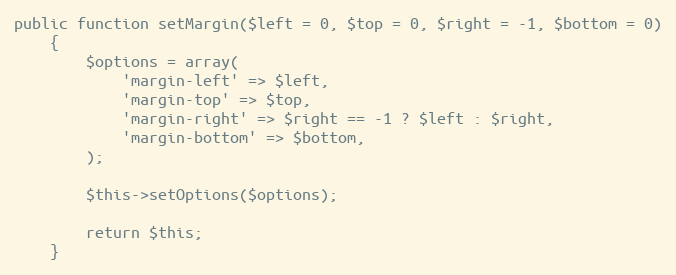
Language: PHP
public function setMargin($left = 0, $top = 0, $right = -1, $bottom = 0)
    {
        $options = array(
            'margin-left' => $left,
            'margin-top' => $top,
            'margin-right' => $right == -1 ? $left : $right,
            'margin-bottom' => $bottom,
        );

        $this->setOptions($options);

        return $this;
    }